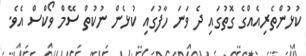
ކުޅުންތެރިއެއްގެ ގޮތުގައި ދެ ވަނަ ހާފުގައި ކުޅެން ނުކުތް ސޭމް ވޯކްސް އެވެ.